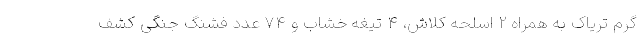
گرم تریاک به همراه 2 اسلحه کلاش، 4 تیغه خشاب و 74 عدد فشنگ جنگی کشف